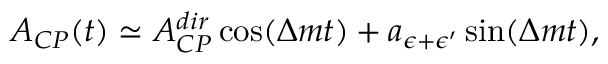
A _ { C P } ( t ) \simeq A _ { C P } ^ { d i r } \cos ( \Delta m t ) + a _ { \epsilon + \epsilon ^ { \prime } } \sin ( \Delta m t ) ,